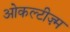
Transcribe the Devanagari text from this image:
ओकल्टीज़्म